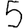
Digit: 5